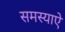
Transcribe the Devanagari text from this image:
समस्याऐ